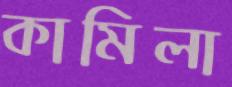
কামিলা